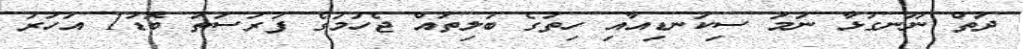
ދަތް ނޫނގުޅާ ނަމަ ސިކުނޑިއާއި ހިތުގެ ބަލިތައް ޖެހުމުގެ ފުރުސަތު ބޮޑު1 އަހަރު